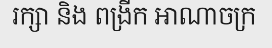
រក្សា និង ពង្រីក អាណាចក្រ